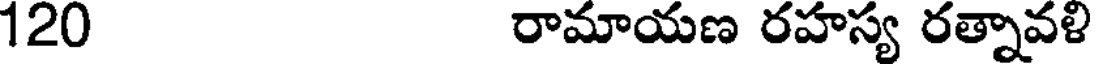
120 రామాయణ రహస్య రత్నావళి